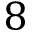
8